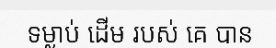
ទម្លាប់ ដើម របស់ គេ បាន